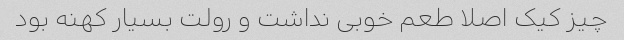
چیز کیک اصلا طعم خوبی نداشت و رولت بسیار کهنه بود